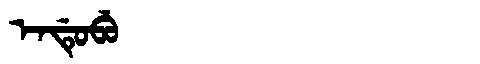
Manchu: ᡝᠨᡩᡠᠪᡠ
Romanization: ENDUBU